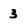
Character: 3